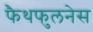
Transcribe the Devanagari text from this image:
फैथफुलनेस